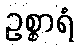
ဥစ္စာရံ